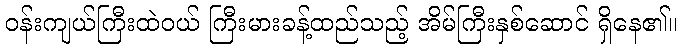
ဝန်းကျယ်ကြီးထဲဝယ် ကြီးမားခန့်ထည်သည့် အိမ်ကြီးနှစ်ဆောင် ရှိနေ၏။